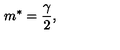
m \sp * = { \frac { \gamma } { 2 } } ,